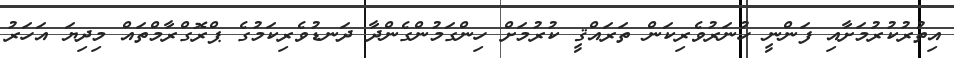
އިތުރުކުރުމަށާއި ފަންނީ ހުނަރުވެރިކަން ތަރައްޤީ ކުރުމަށް ހިންގަމުންގެންދާ ދަނޑުވެރިކަމުގެ ޕްރޮގްރާމްތައް މިދިޔަ އަހަރު